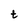
Character: t